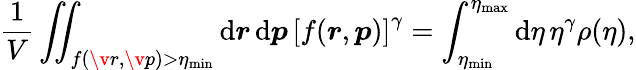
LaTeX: \frac{1}{V}\iint_{f(\v{r},\v{p})>\eta_{\mathrm{min}}}\mathrm{d}\boldsymbol{r}\, \mathrm{d}\boldsymbol{p}\, \left[f(\boldsymbol{r},\boldsymbol{p})\right]^{\gamma}=\int_{\eta_{\mathrm{min}}}^{\eta_{\mathrm{max}}}\mathrm{d}\eta\, \eta^{\gamma}\rho(\eta),